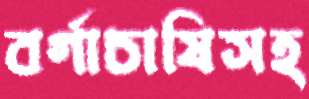
বর্গাচাষিসহ